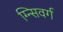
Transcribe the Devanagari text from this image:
ग्न्सिवर्ग